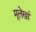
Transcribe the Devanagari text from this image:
मूलेखां